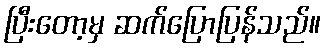
ပြီးတော့မှ ဆက်ပြောပြန်သည်။